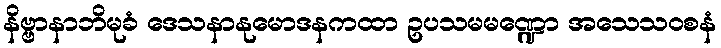
နိဗ္ဗာနာဘိမုခံ ဒေသနာနုမောဒနကထာ ဥပသမမဏ္ဍော အသေသဝစနံ